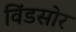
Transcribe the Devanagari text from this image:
विंडसोर